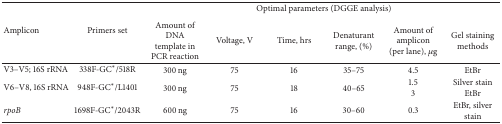
<table><thead><tr><td rowspan="2"><b>Amplicon</b></td><td rowspan="2"><b>Primers set</b></td><td colspan="6"><b>Optimal parameters (DGGE analysis)</b></td></tr><tr><td><b>Amount of DNA template in PCR reaction</b></td><td><b>Voltage, V</b></td><td><b>Time, hrs</b></td><td><b>Denaturant range, (%)</b></td><td><b>Amount of amplicon (per lane), <i>μ</i>g</b></td><td><b>Gel staining methods</b></td></tr></thead><tbody><tr><td>V3–V5; 16S rRNA</td><td>338F-GC<sup>*</sup>/518R</td><td>300 ng</td><td>75</td><td>16 </td><td>35–75</td><td>4.5</td><td>EtBr</td></tr><tr><td>V6–V8, 16S rRNA</td><td>948F-GC<sup>*</sup>/L1401</td><td>300 ng</td><td>75</td><td>18 </td><td>40–65</td><td>1.5 3</td><td>Silver stain EtBr</td></tr><tr><td><i>rpoB </i></td><td>1698F-GC<sup>*</sup>/2043R</td><td>600 ng</td><td>75</td><td>16 </td><td>30–60</td><td>0.3</td><td>EtBr, silver stain</td></tr></tbody></table>